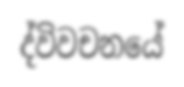
ද්විවචනයේ